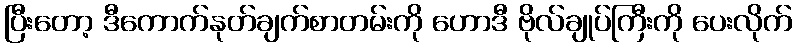
ပြီးတော့ ဒီကောက်နုတ်ချက်စာတမ်းကို ဟောဒီ ဗိုလ်ချုပ်ကြီးကို ပေးလိုက်